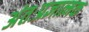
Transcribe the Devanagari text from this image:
अंतःप्रज्ञात्मक